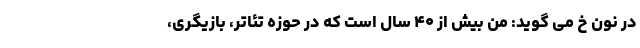
در نون خ می گوید: من بیش از ۴۰ سال است که در حوزه تئاتر، بازیگری،